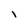
Character: I